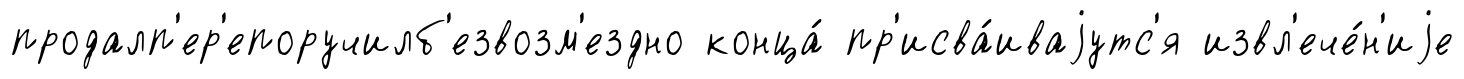
продалп'ер'епоручилб'езвозм'ездно конца́ пр'исва́иваjутс'я извл'ече́н'иjе